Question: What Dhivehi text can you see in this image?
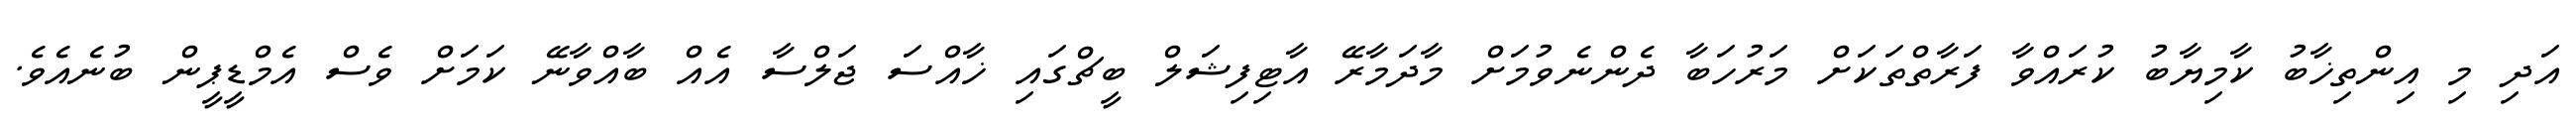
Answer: އަދި މި އިންތިޚާބު ކާމިޔާބު ކުރައްވާ ފަރާތްތަކަށް މަރުހަބާ ދެންނެވުމަށް މާދަމާރޭ އާޓިފިޝަލް ބީޗްގައި ޚާއްސަ ޖަލްސާ އެއް ބާއްވާނޭ ކަމަށް ވެސް އެމްޑީޕީން ބުނެއެވެ.